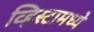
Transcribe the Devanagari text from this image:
व्हिस्टामध्ये